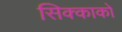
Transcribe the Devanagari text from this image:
सिक्काको